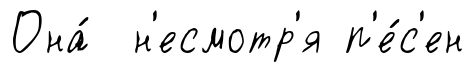
Она́ н'есмотр'я п'е́с'ен